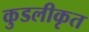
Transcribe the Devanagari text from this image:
कुडलीकृत